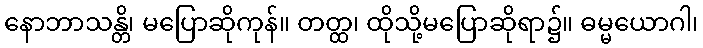
နောဘာသန္တိ၊ မပြောဆိုကုန်။ တတ္ထ၊ ထိုသို့မပြောဆိုရာ၌။ ဓမ္မယောဂါ၊